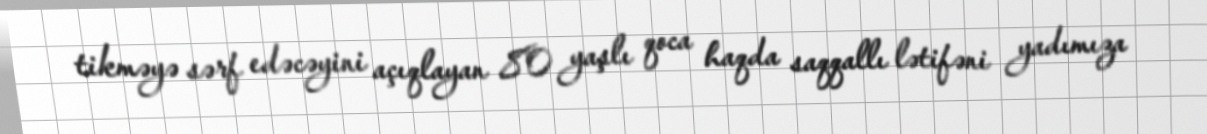
tikməyə sərf edəcəyini açıqlayan 80 yaşlı qoca haqda saqqallı lətifəni yadımıza